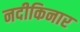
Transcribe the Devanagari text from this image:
नदीकिनार